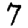
Digit: 7